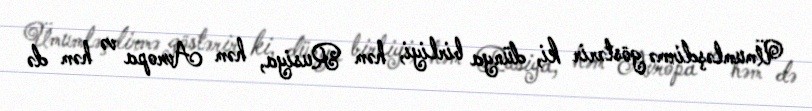
Ümumləşdirmə göstərir ki, dünya birliyi, həm Rusiya, həm Avropa və həm də